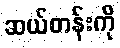
ဆယ်တန်းကို